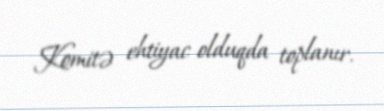
Komitə ehtiyac olduqda toplanır.